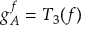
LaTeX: g _ { A } ^ { f } = T _ { 3 } ( f )